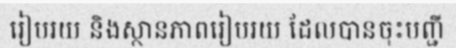
រៀបរយ និងស្ថានភាពរៀបរយ ដែលបានចុះបញ្ជី